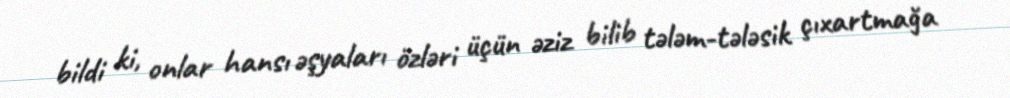
bildi ki, onlar hansı əşyaları özləri üçün əziz bilib tələm-tələsik çıxartmağa